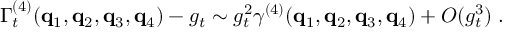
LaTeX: \Gamma _ { t } ^ { ( 4 ) } ( { \bf { q } } _ { 1 } , { \bf { q } } _ { 2 } , { \bf { q } } _ { 3 } , { \bf { q } } _ { 4 } ) - g _ { t } \sim g _ { t } ^ { 2 } \gamma ^ { ( 4 ) } ( { \bf { q } } _ { 1 } , { \bf { q } } _ { 2 } , { \bf { q } } _ { 3 } , { \bf { q } } _ { 4 } ) + O ( g _ { t } ^ { 3 } ) \; .